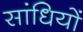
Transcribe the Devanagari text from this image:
सांधियों